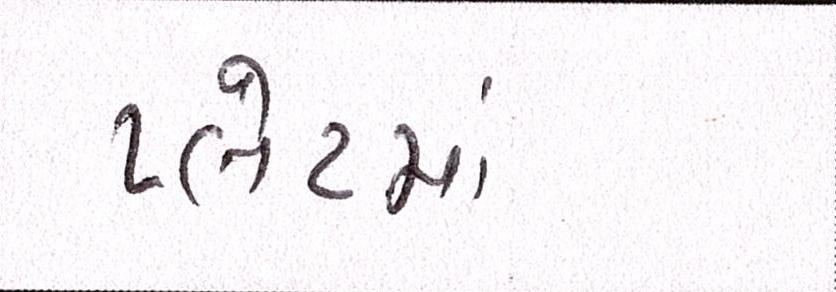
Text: પ્લેટમાં